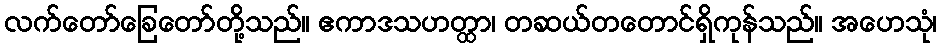
လက်တော်ခြေတော်တို့သည်။ ဧကာဒသဟတ္ထာ၊ တဆယ်တတောင်ရှိကုန်သည်။ အဟေသုံ၊